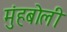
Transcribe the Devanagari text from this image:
मुंहबोली